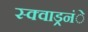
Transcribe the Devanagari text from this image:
स्क्वाड्रनंे